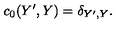
c _ { 0 } ( Y ^ { \prime } , Y ) = \delta _ { Y ^ { \prime } , Y } .